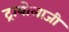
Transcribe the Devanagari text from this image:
ट्रायोलाजी